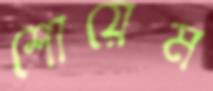
শোয়েম